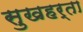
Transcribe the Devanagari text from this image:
सुखहर्ता